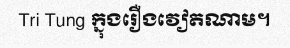
Tri Tung ក្នុងរឿងវៀតណាម។